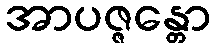
အာပဇ္ဇန္တော